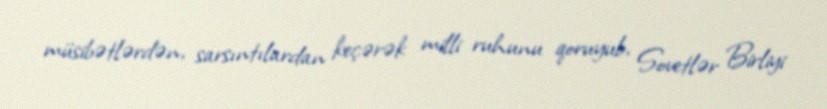
müsibətlərdən, sarsıntılardan keçərək milli ruhunu qoruyub, Sovetlər Birliyi